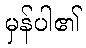
မှန်ပါ၏